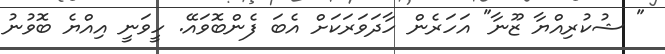
" ޝުކުރިއްޔާ ޒޫނާ" އަހަރެން ހާދަވަރަކަށް އެބަ ފެންބޮވައޭ. ހީވަނީ އިއްޔެ ބޮވުނު